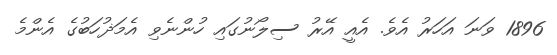
1896 ވަނަ އަހަރު އެވެ. އެއީ އޭރު ސިލޯނުގައި ހުންނެވި އެމަޛުހަބުގެ އެންމެ